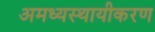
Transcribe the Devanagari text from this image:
अमध्यस्थायीकरण